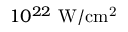
1 0 ^ { 2 2 } ~ \mathrm { W / c m ^ { 2 } }